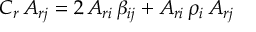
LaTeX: C _ { r } \, A _ { r j } = 2 \, A _ { r i } \, \beta _ { i j } + A _ { r i } \, \rho _ { i } \, A _ { r j }